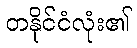
တနိုင်ငံလုံး၏